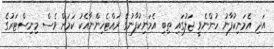
އަދި އެމަނިކުފާނު ހުންނެވީ ޖަލުގައި ތިބި އެމަނިކުފާނުގެ ރައްޓެހިންނާއެކު ކަމަށް ވެސް މިނިސްޓަރުގެ